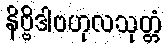
နိဗ္ဗိဒါဗဟုလသုတ္တံ